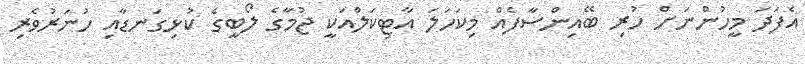
އެފަދަ މީހުންނަށް ހުރި ބޭއިންސާފެއް މިކަހަލަ އާޓިކަލްއަކީ ޖުމާގެ ލޯބީގެ ކުޅިގަނޑާއި ހުނަރުވެރި